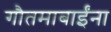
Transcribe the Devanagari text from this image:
गौतमाबाईंना